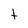
Character: t